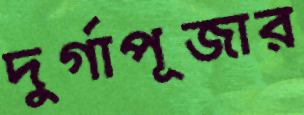
দুর্গাপূজার